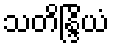
သတိန္ဒြိယံ